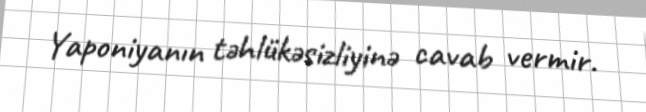
Yaponiyanın təhlükəsizliyinə cavab vermir.